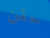
حقن